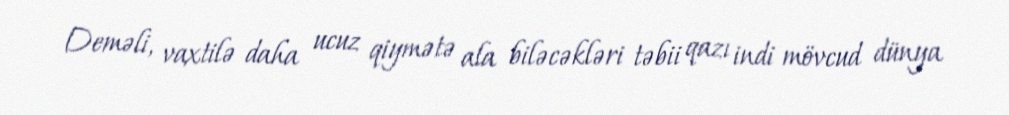
Deməli, vaxtilə daha ucuz qiymətə ala biləcəkləri təbii qazı indi mövcud dünya